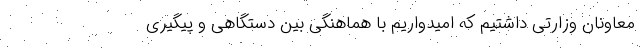
معاونان وزارتی داشتیم که امیدواریم با هماهنگی بین دستگاهی و پیگیری